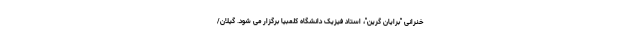
خنرانی "برایان گرین"، استاد فیزیک دانشگاه کلمبیا برگزار می شود. گیلان/